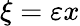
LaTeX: \xi=\varepsilon x